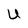
Character: U